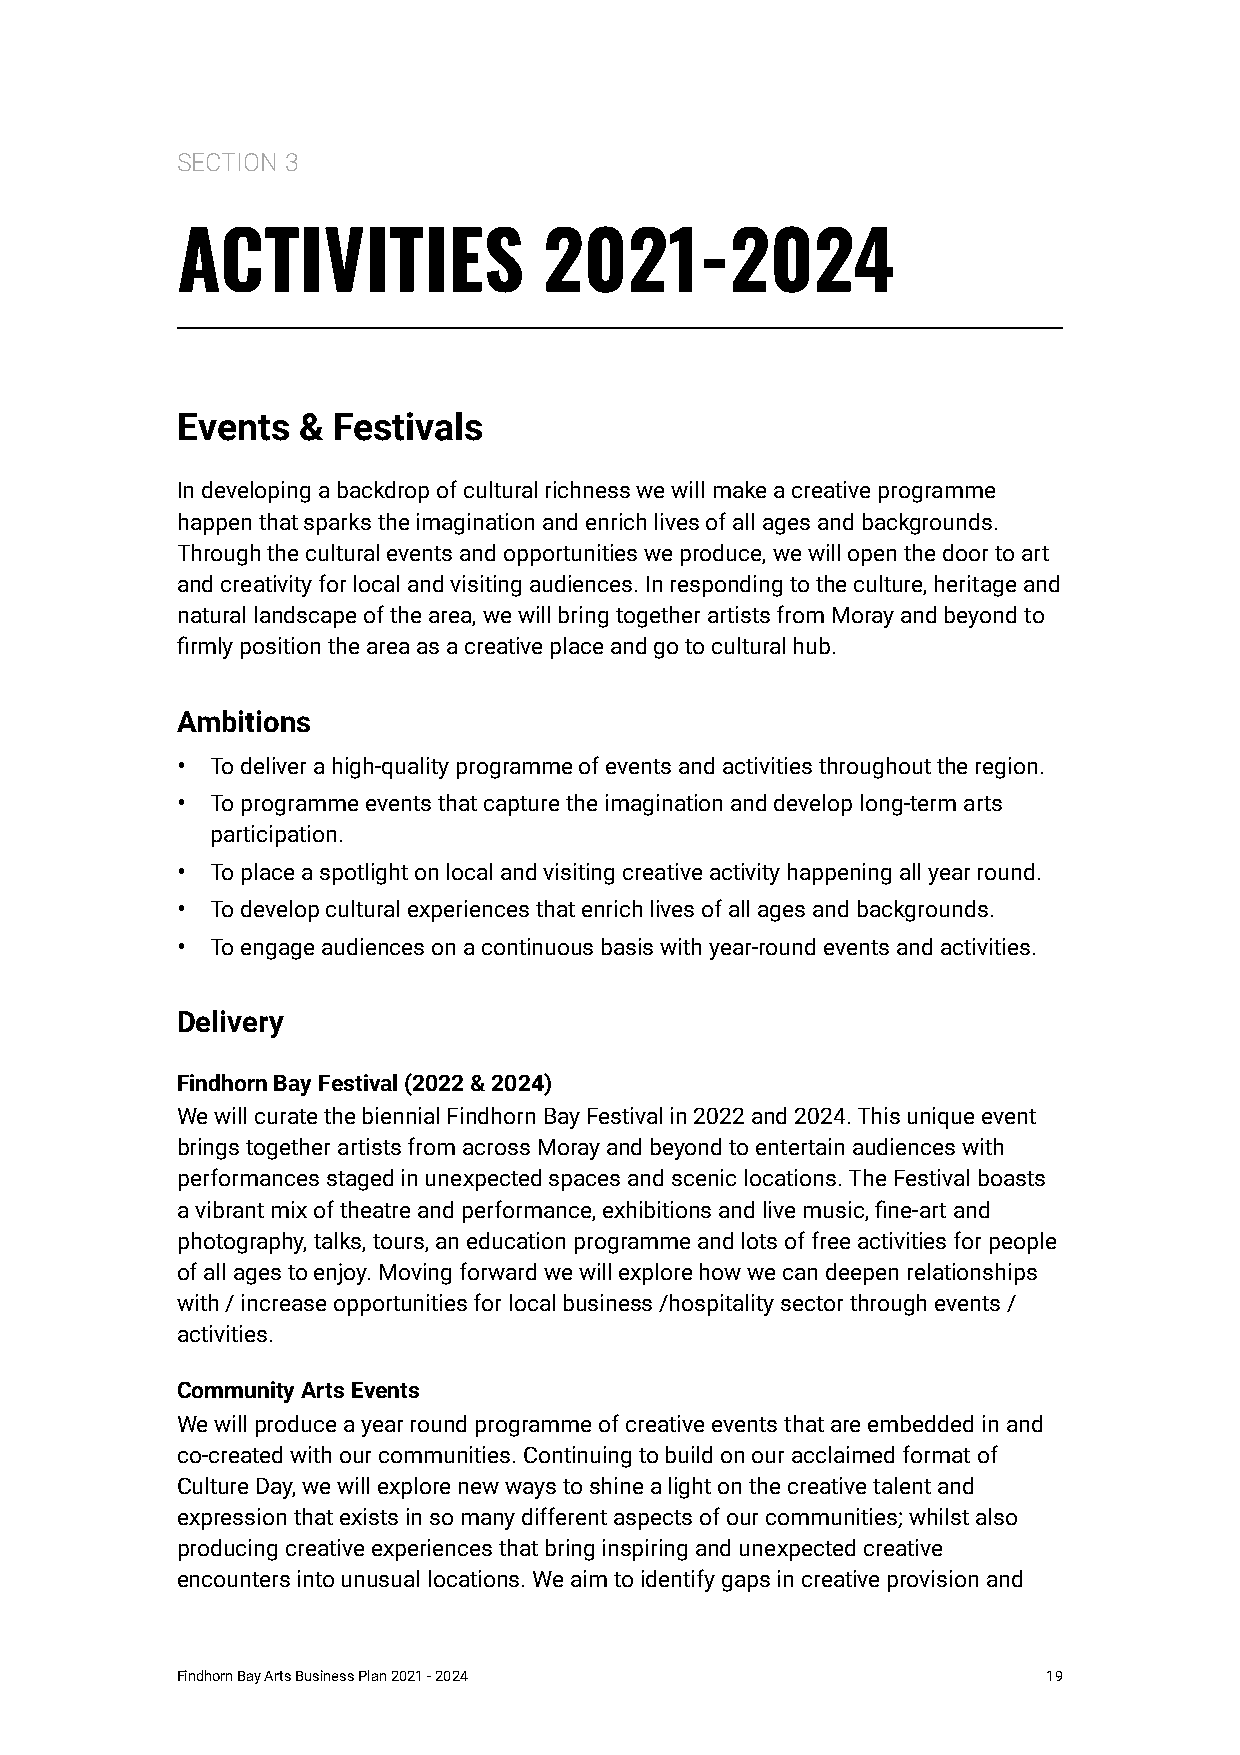
SECTION 3
 ACTIVITIES              2021-2024
 Events  & Festivals
 In developing a backdrop of cultural richness we will make a creative programme
 happen that sparks the imagination and enrich lives of all ages and backgrounds.
 Through the cultural events and opportunities we produce, we will open the door to art
 and creativity for local and visiting audiences. In responding to the culture, heritage and
 natural landscape of the area, we will bring together artists from Moray and beyond to
 firmly position the area as a creative place and go to cultural hub.
 Ambitions
 • To deliver a high-quality programme of events and activities throughout the region.
 • To programme events that capture the imagination and develop long-term arts
 participation.
 • To place a spotlight on local and visiting creative activity happening all year round.
 • To develop cultural experiences that enrich lives of all ages and backgrounds.
 • To engage audiences on a continuous basis with year-round events and activities.
 Delivery
 Findhorn Bay Festival (2022 & 2024)
 We will curate the biennial Findhorn Bay Festival in 2022 and 2024. This unique event
 brings together artists from across Moray and beyond to entertain audiences with
 performances staged in unexpected spaces and scenic locations. The Festival boasts
 a vibrant mix of theatre and performance, exhibitions and live music, fine-art and
 photography, talks, tours, an education programme and lots of free activities for people
 of all ages to enjoy. Moving forward we will explore how we can deepen relationships
 with / increase opportunities for local business /hospitality sector through events /
 activities.
 Community Arts Events
 We will produce a year round programme of creative events that are embedded in and
 co-created with our communities. Continuing to build on our acclaimed format of
 Culture Day, we will explore new ways to shine a light on the creative talent and
 expression that exists in so many different aspects of our communities; whilst also
 producing creative experiences that bring inspiring and unexpected creative
 encounters into unusual locations. We aim to identify gaps in creative provision and
 Findhorn Bay Arts Business Plan 2021 - 2024              19